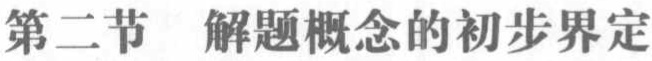
第二节  解题概念的初步界定